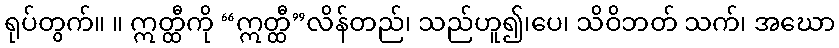
ရုပ်တွက်။ ။ ဣတ္ထီကို “ဣတ္ထီ”လိန်တည်၊ သည်ဟူ၍၊ပေ၊ သိဝိဘတ် သက်၊ အဃော